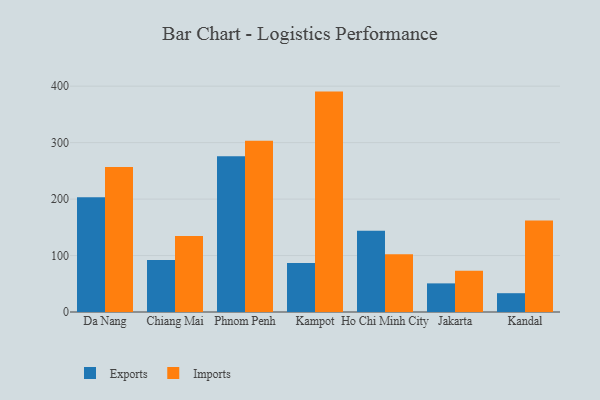
{"axis": {"x": "City", "y": "Churn Rate (%)"}, "legend": ["Exports", "Imports"], "data": [{"x": "Da Nang", "y": 203.3, "type": "Exports"}, {"x": "Da Nang", "y": 256.8, "type": "Imports"}, {"x": "Chiang Mai", "y": 92.2, "type": "Exports"}, {"x": "Chiang Mai", "y": 134.7, "type": "Imports"}, {"x": "Phnom Penh", "y": 275.8, "type": "Exports"}, {"x": "Phnom Penh", "y": 303.4, "type": "Imports"}, {"x": "Kampot", "y": 86.9, "type": "Exports"}, {"x": "Kampot", "y": 390.4, "type": "Imports"}, {"x": "Ho Chi Minh City", "y": 143.7, "type": "Exports"}, {"x": "Ho Chi Minh City", "y": 102.2, "type": "Imports"}, {"x": "Jakarta", "y": 50.7, "type": "Exports"}, {"x": "Jakarta", "y": 73.1, "type": "Imports"}, {"x": "Kandal", "y": 33.3, "type": "Exports"}, {"x": "Kandal", "y": 162.2, "type": "Imports"}]}